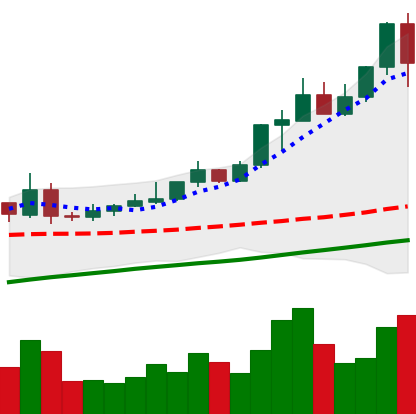
Ticker: XMR-USD
Chart end date: 2020-08-02
Forward return: 10.752%
Label: up_7plus